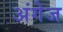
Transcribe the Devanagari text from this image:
अंगेज